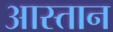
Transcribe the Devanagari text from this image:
आस्तान